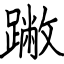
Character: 䠥